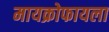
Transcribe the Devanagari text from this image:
मायक्रोफायला